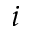
i